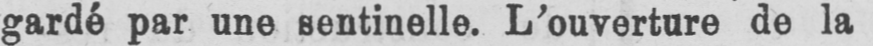
gardé par une sentinelle. L’ouverture de la